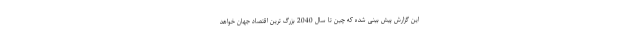
این گزارش پیش بینی شده که چین تا سال 2040 بزرگ ترین اقتصاد جهان خواهد